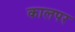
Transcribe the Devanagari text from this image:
कालपर